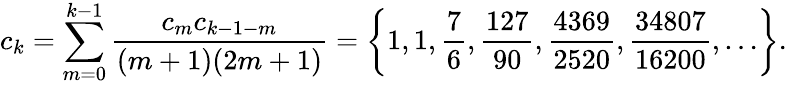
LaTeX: c_{k}=\sum_{m=0}^{k-1}{\frac{c_{m}c_{k-1-m}}{(m+1)(2m+1)}}=\left\{ 1,1,{\frac{7}{6}},{\frac{127}{90}},{\frac{4369}{2520}},{\frac{34807}{16200}},\ldots\right\} .